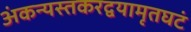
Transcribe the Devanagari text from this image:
अंकन्यस्तकरद्वयामृतघटं